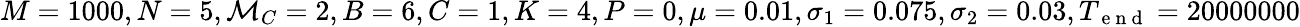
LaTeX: M=1000,N=5,\mathcal{M}_{C}=2,B=6,C=1,K=4,P=0,\mu=0.01,\sigma_{1}=0.075,\sigma_{2}=0.03,T_{\mathrm{~e~n~d~}}=20000000